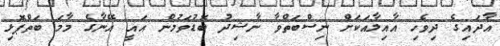
އާދައިގެ ދިވެހި އާއިލާއަކަށް ނިސްބަތްވާ ނާޝިދު ބޮޑުވަމުން އައީ އޭނާގެ މާމަ ބަތްޕޮޅި